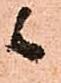
候